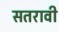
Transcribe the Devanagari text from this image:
सतरावी